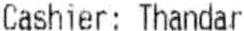
CASHIER: THANDAR